Tartu_linnavalitsus, lk 25
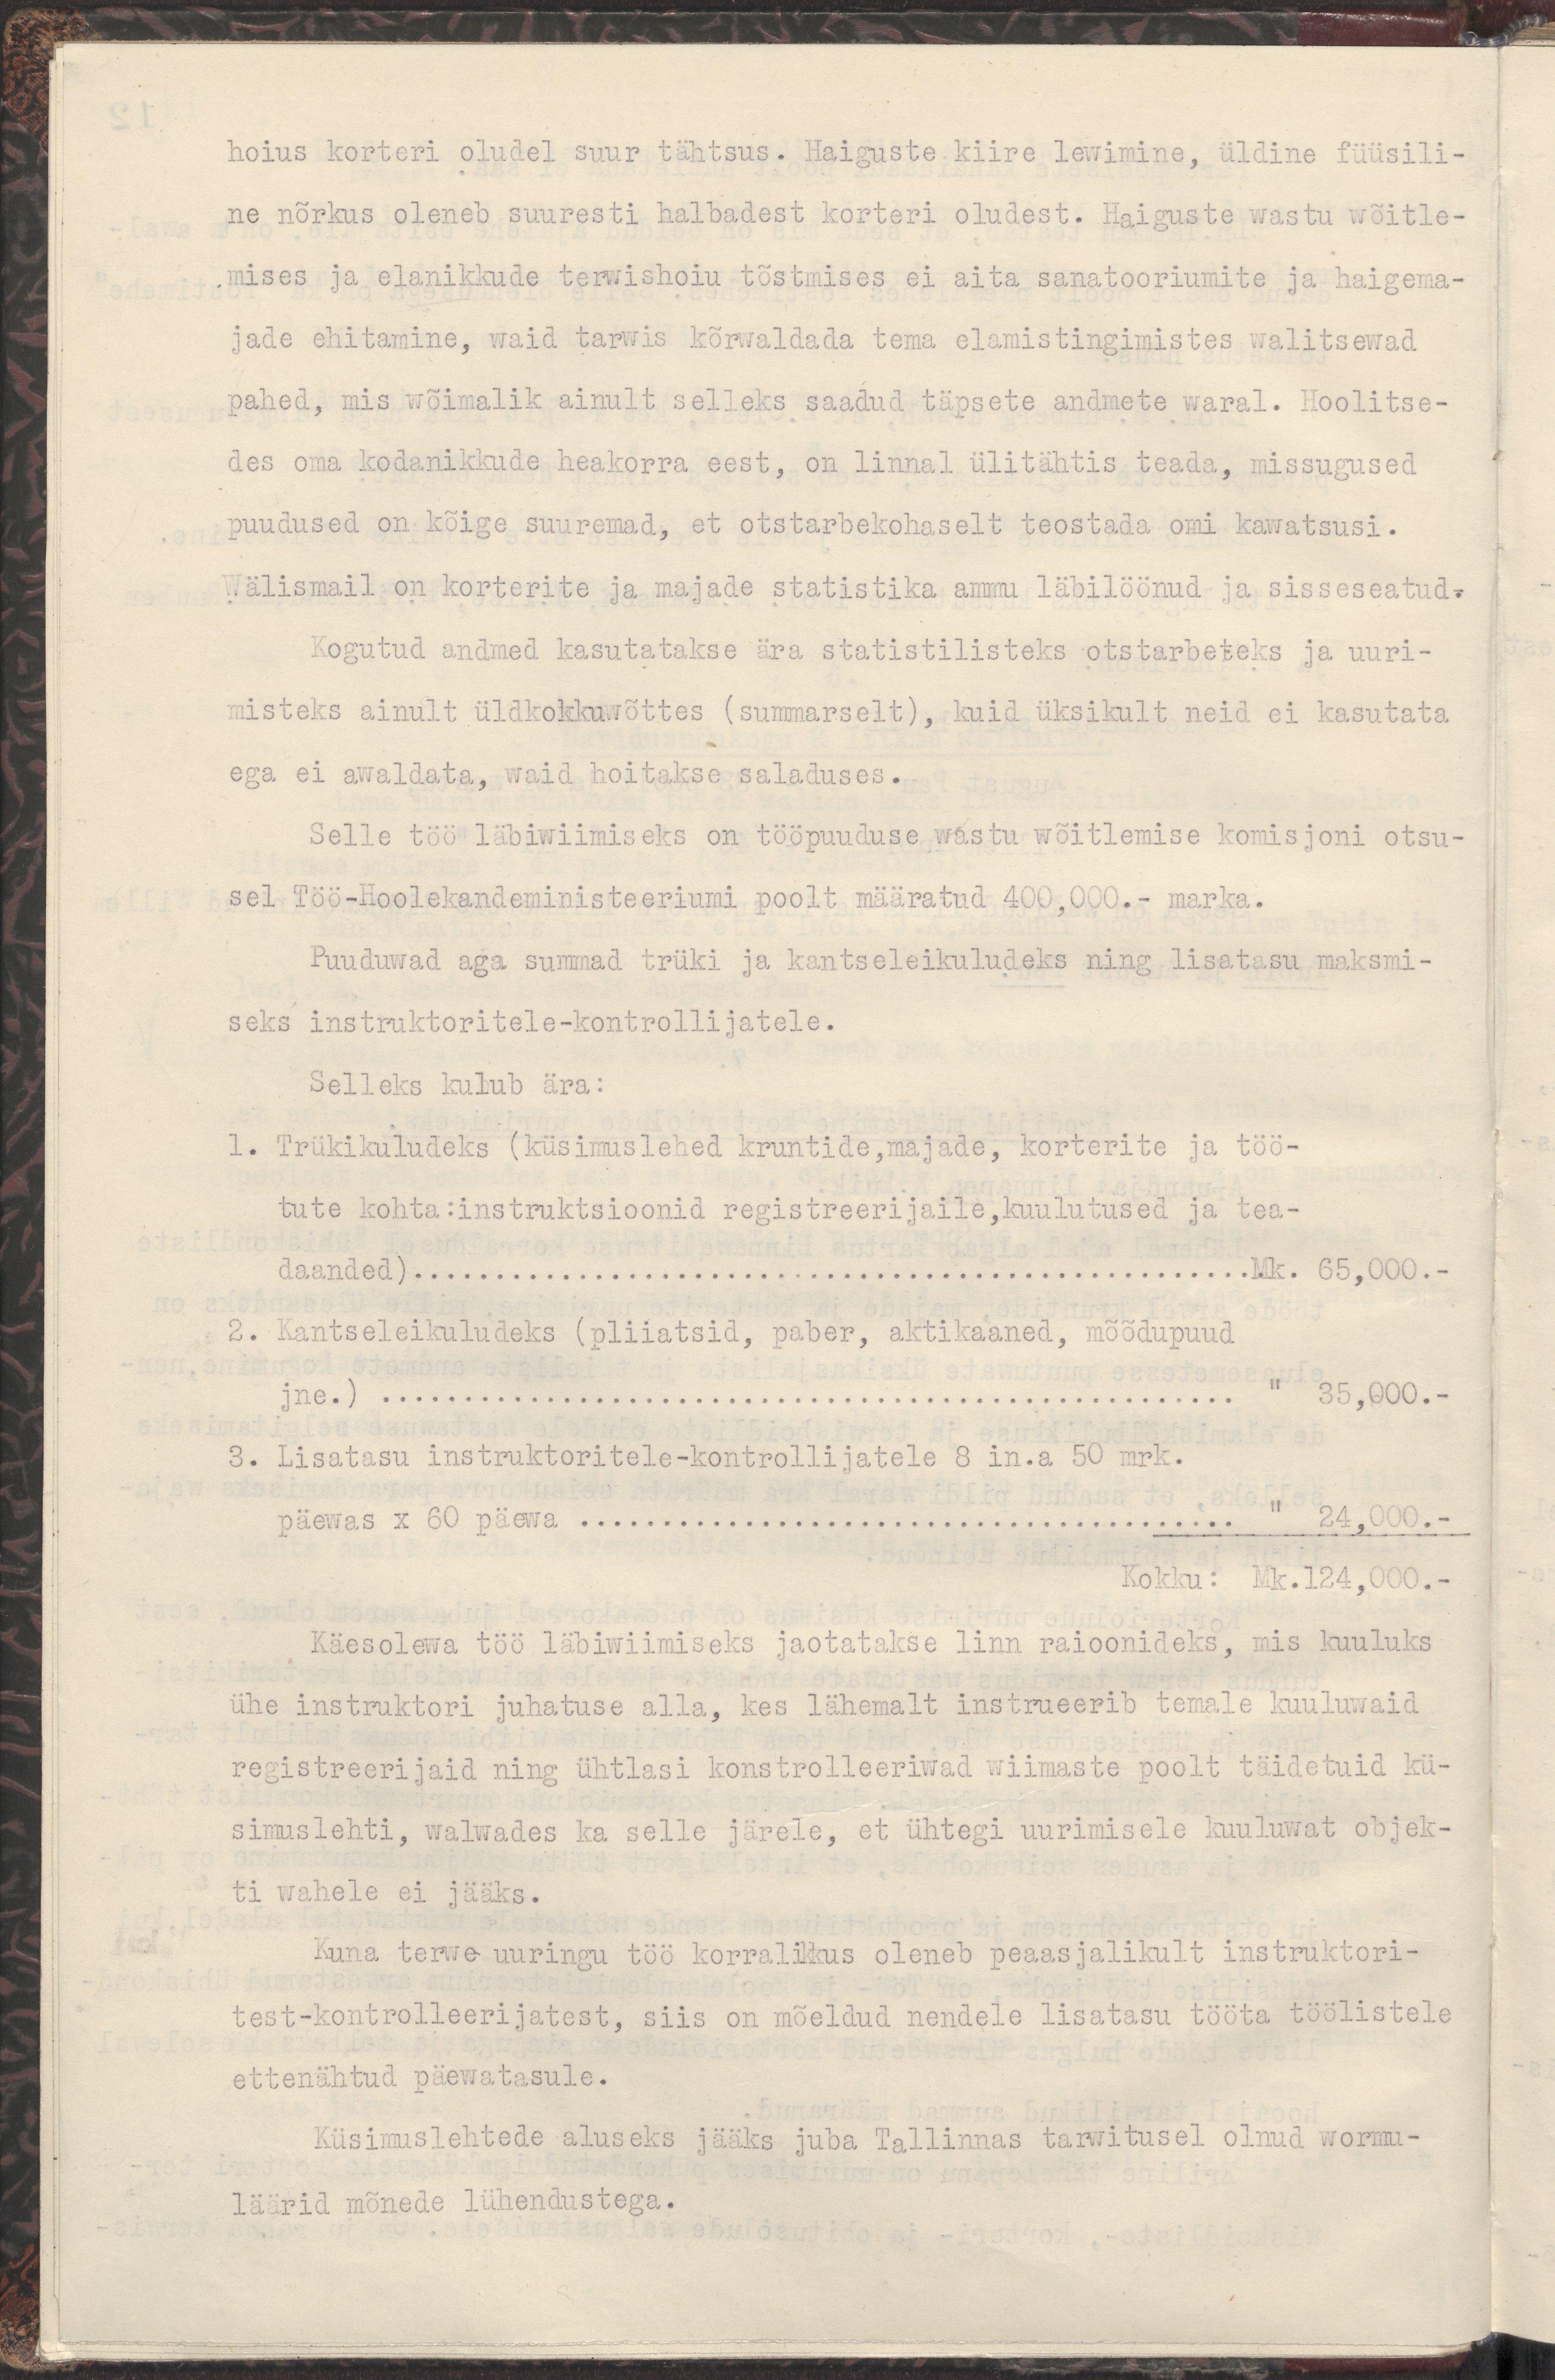
hoius korteri oludel suur tähtsus. Haiguste kiire lewimine, üldine füüsili-
ne nõrkus oleneb suuresti halbadest korteri oludest. Haiguste wastu wõitle-
mises ja elanikkude terwishoiu tõstmises ei aita sanatooriumite ja haigema-
jade ehitamine, waid tarwis kõrwaldada tema elamistingimistes walitsewad
pahed, mis wõimalik ainult selleks saadud täpsete andmete waral. Hoolitse-
des oma kodanikkude heakorra eest, on linnal ülitähtis teada, missugused
puudused on kõige suuremad, et otstarbekohaselt teostada omi kawatsusi.
Wälismail on korterite ja majade statistika ammu läbilöönud ja sisseseatud.
Kogutud andmed kasutatakse ära statistilisteks otstarbeteks ja uuri-
misteks ainult üldkokkuwõttes (summarselt), kuid üksikult neid ei kasutata
ega ei awaldata, waid hoitakse saladuses.
Selle töö läbiwiimiseks on tööpuuduse wastu wõitlemise komisjoni otsu-
sel Töö-Hoolekandeministeeriumi poolt määratud 400,000.- marka.
Puuduwad aga summad trüki ja kantseleikuludeks ning lisatasu maksmi-
seks instruktoritele-kontrollijatele.
Selleks kulub ära:
1. Trükikuludeks (küsimuslehed kruntide, majade, korterite ja töö-
tute kohta:instruktsioonid registreerijaile, kuulutused ja tea-
daanded)...................................................Mk. 65,000.-
2.Kantseleikuludeks (pliiatsid, paber, aktikaaned, mõõdupuud
jne.) .................................................... " 35,00.-
3. Lisatasu instruktoritele-kontrollijatele 8 in.a 50 mrk.
päewas x 60 päewa ........................................ " 24,000.-
Kokku: Mk.124,000.-
Käesolewa töö läbiwiimiseks jaotatakse linn raioonideks, mis kuuluks
ühe instruktori juhatuse alla, kes lähemalt instrueerib temale kuuluwaid
registreerijaid ning ühtlasi konstrolleeriwad wiimaste poolt täidetud kü-
simuslehti, walwades ka selle järele, et ühtegi uurimisele kuuluwat objek-
ti wahele ei jääks.
Kuna terwe uuringu töö korralikkus oleneb peaasjalikult instruktori-
test-kontrolleerijatest, siis on mõeldud nendele lisatasu tööta töölistele
ettenähtud päewatasule.
Küsimuslehtede aluseks jääks juba Tallinnas tarwitusel olnud wormu-
läärid mõnede lühendustega.